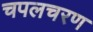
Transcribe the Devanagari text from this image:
चपलचरण